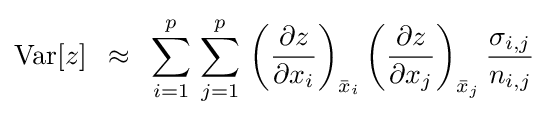
{\rm {Var}}[z]\,\,\,\approx \,\,\,\sum \limits _{i=1}^{p}{\,\sum \limits _{j=1}^{p}{\,\left({\frac {\partial z}{\partial x_{i}}}\right)_{{\bar {x}}_{i}}}}\left({\frac {\partial z}{\partial x_{j}}}\right)_{{\bar {x}}_{j}}{\sigma _{i,j} \over n_{i,j}}